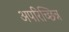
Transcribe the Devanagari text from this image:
अपरिच्छिन्न